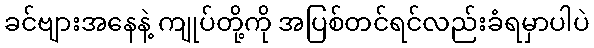
ခင်ဗျားအနေနဲ့ ကျုပ်တို့ကို အပြစ်တင်ရင်လည်းခံရမှာပါပဲ